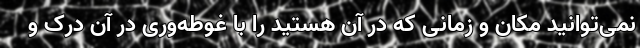
نمی‌توانید مکان و زمانی که در آن هستید را با غوطه‌وری در آن درک و